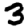
Digit: 3